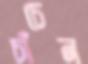
চাঁচেন